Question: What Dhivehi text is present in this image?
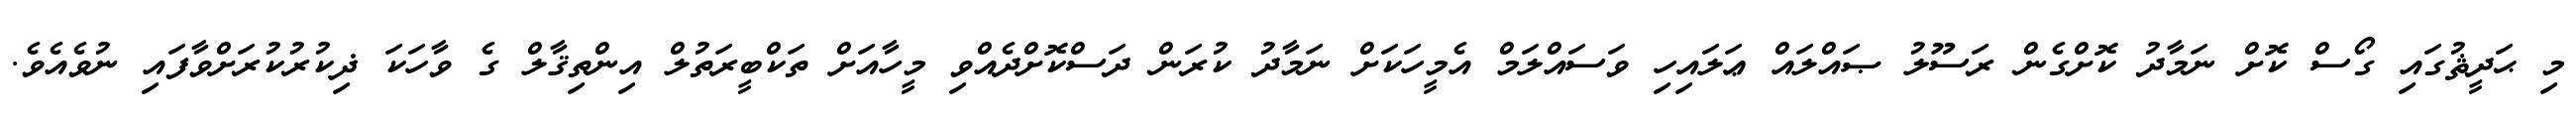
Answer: މި ޙަދީޘުގައި ގޯސް ކޮށް ނަމާދު ކޮށްގެން ރަސޫލު ޞައްލައް ޢަލައިހި ވަސައްލަމް އެމީހަކަށް ނަމާދު ކުރަން ދަސްކޮށްދެއްވި މީހާއަށް ތަކްބީރަތުލް އިންތިޤާލް ގެ ވާހަކަ ޛިކުރުކުރަށްވާފައި ނުވެއެވެ.